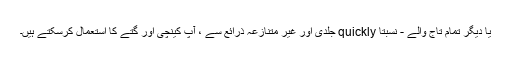
یا دیگر تمام تاج والے - نسبتا quickly جلدی اور غیر متنازعہ ذرائع سے ، آپ کینچی اور گتے کا استعمال کرسکتے ہیں۔